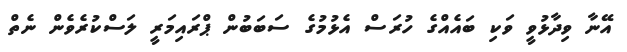
އޭނާ ވިދާޅުވީ ވަކި ބައެއްގެ ހުރަސް އެޅުމުގެ ސަބަބުން ޕްރައިމަރީ ލަސްކުރެވެން ނެތް